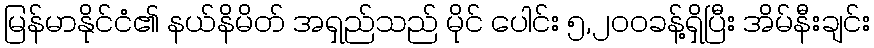
မြန်မာနိုင်ငံ၏ နယ်နိမိတ် အရှည်သည် မိုင် ပေါင်း ၅,၂၀၀ခန့်ရှိပြီး အိမ်နီးချင်း